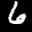
Label: 6